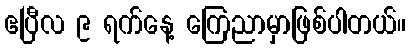
ဧပြီလ ၉ ရက်နေ့ ကြေညာမှာဖြစ်ပါတယ်။